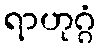
ရာဟုဂ္ဂံ